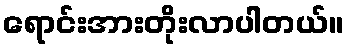
ရောင်းအားတိုးလာပါတယ်။